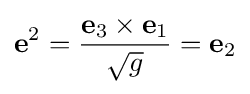
\mathbf {e} ^{2}={\frac {\mathbf {e} _{3}\times \mathbf {e} _{1}}{\sqrt {g}}}=\mathbf {e} _{2}